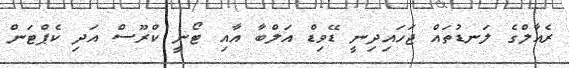
ރެއާލްގެ ލަނޑުތައް ޖަހައިދިނީ ޑޭވިޑް އަލްބާ އާއި ޓޯނީ ކްރޫސް އަދި ކެޕްޓަން